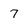
Character: 7